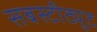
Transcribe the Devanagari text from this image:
सबस्टीट्युट